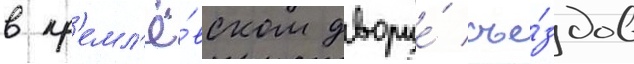
в кр'емл'ё́вском дворце́ съе́здов